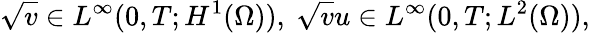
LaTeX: \sqrt{v}\in L^{\infty}(0,T;H^{1}(\Omega)),\ \sqrt{v}u\in L^{\infty}(0,T;L^{2}(\Omega)),